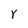
Character: Y